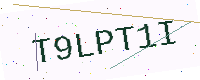
Text: T9LPT1I